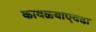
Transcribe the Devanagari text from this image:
कावळ्याएवढा